Tahkuranna_vallavalitsus, lk 39
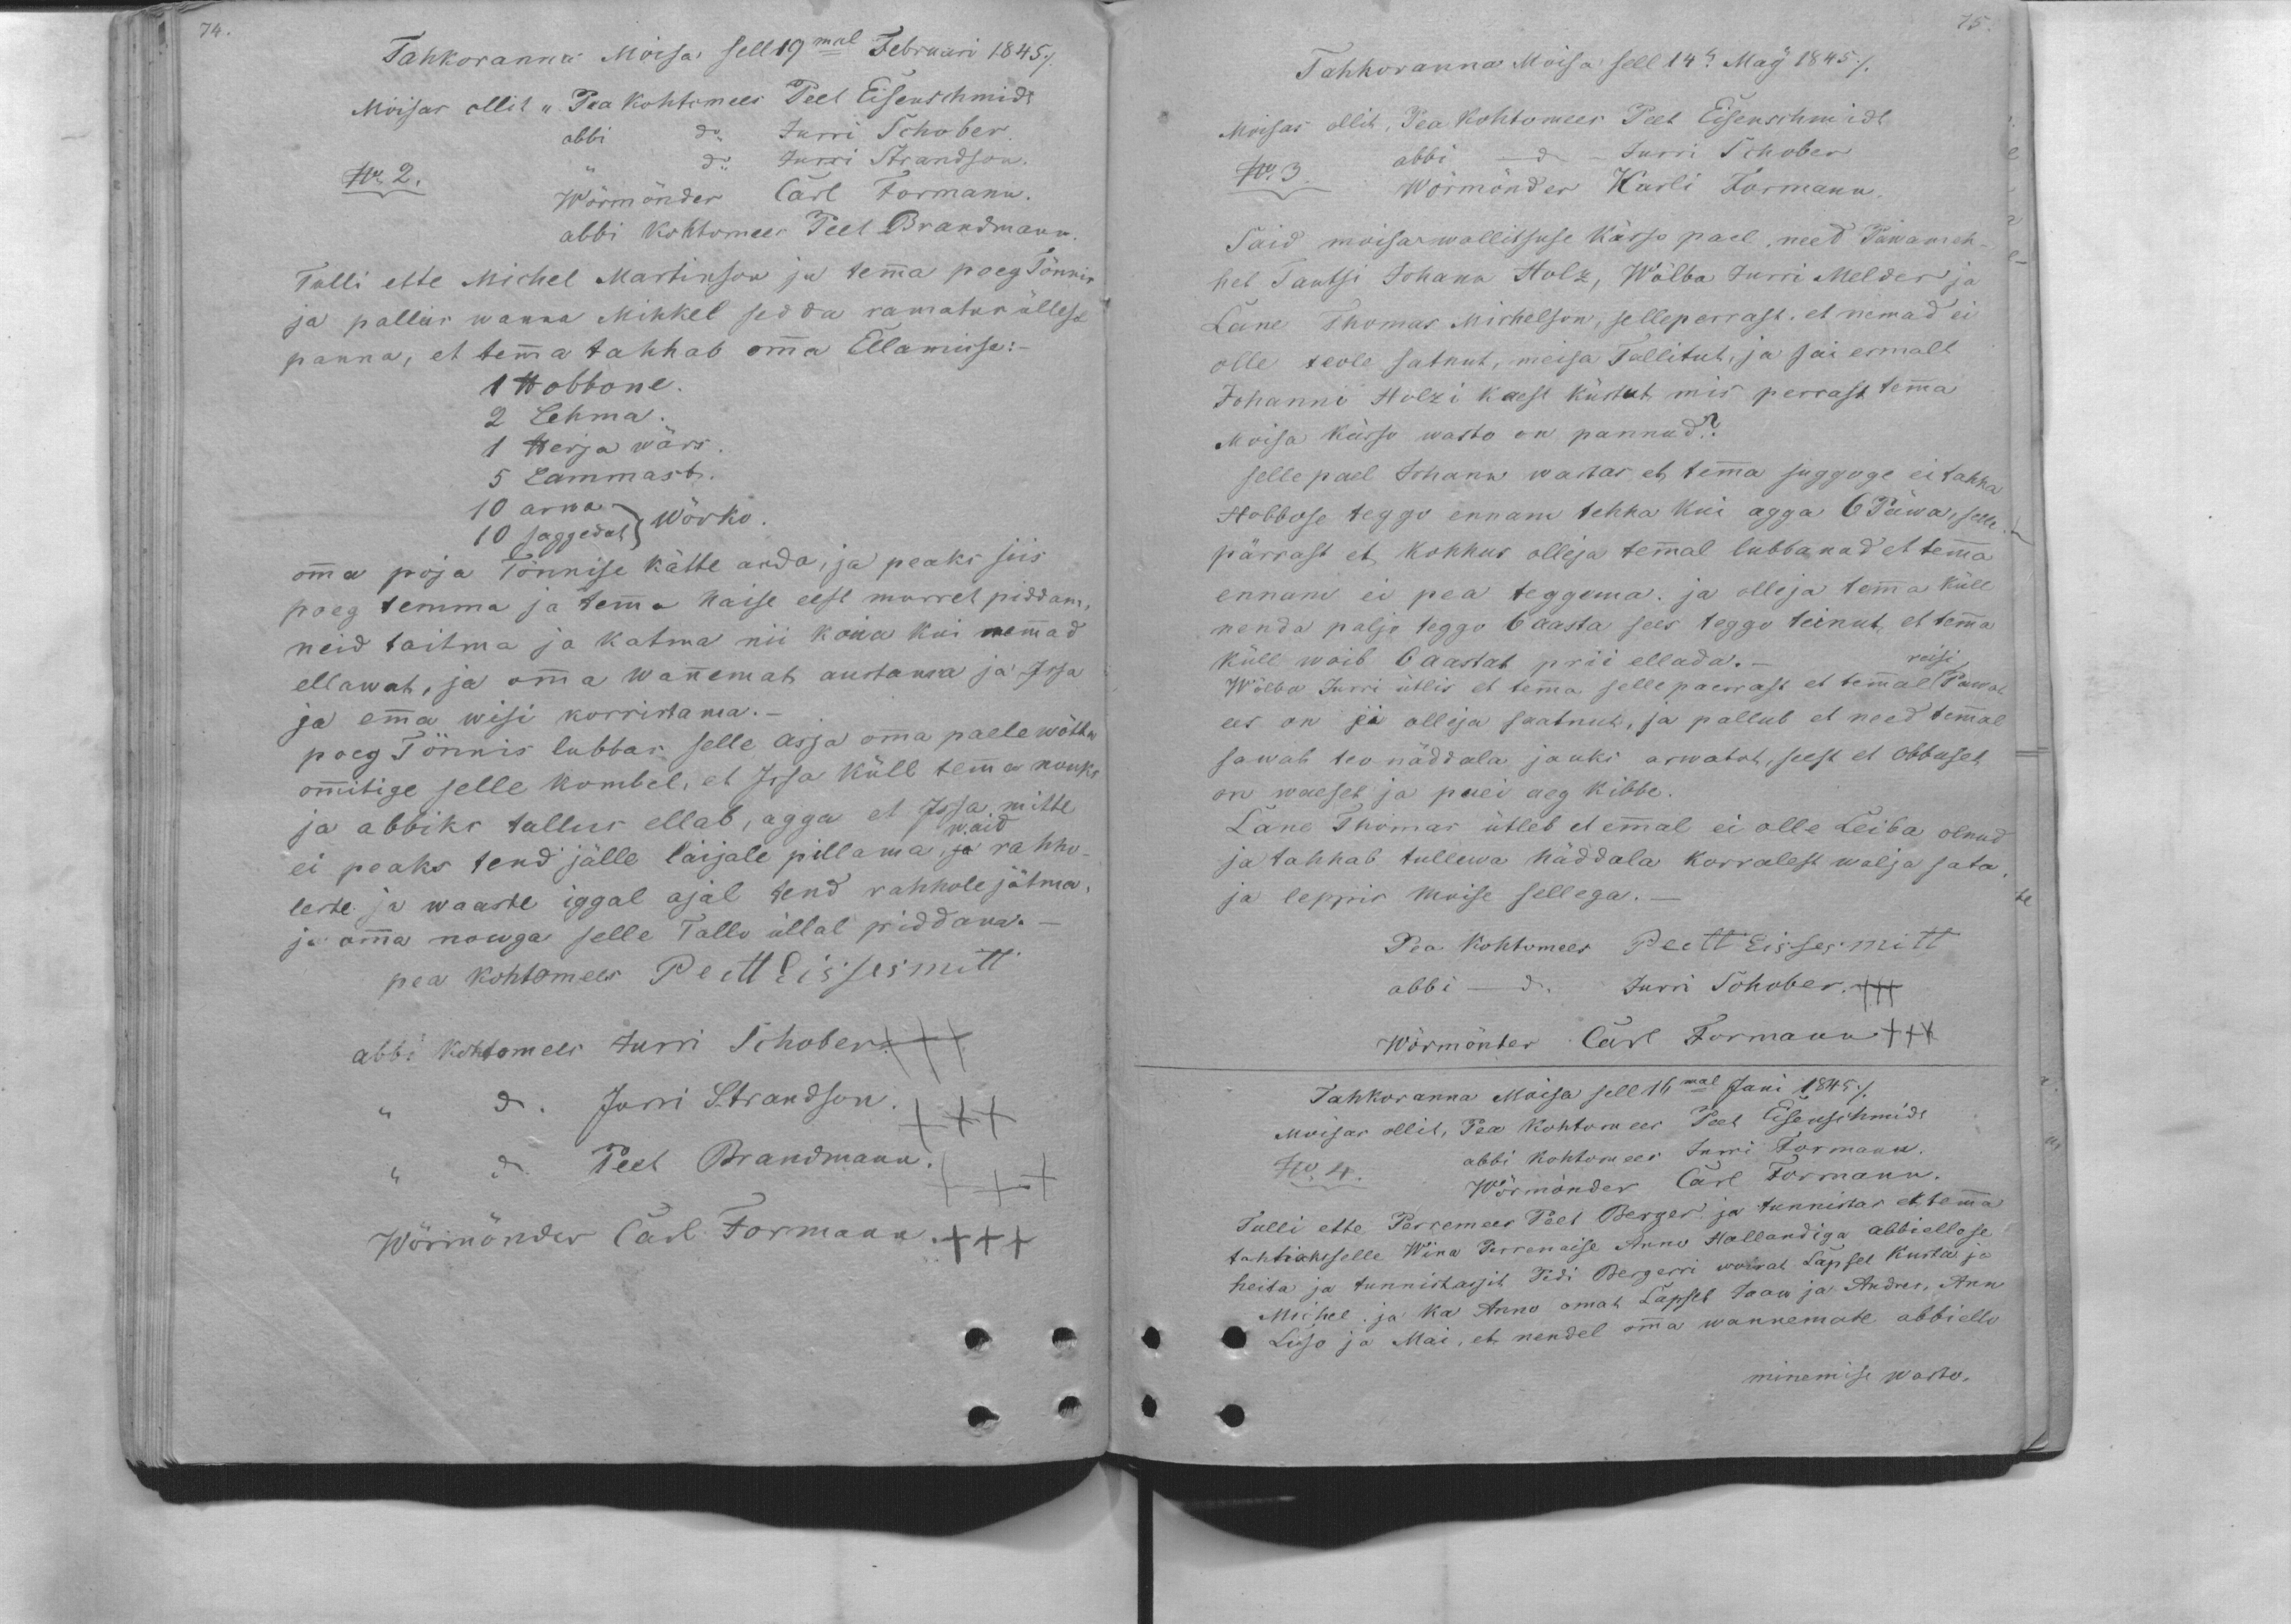
74.

Tahkoranna Moisas sell 19mal Februari 1845/
Mõisas ollit "Pea kohtomees: Peet Eisenschmidt
abbi do Jurri Schober.
No 2. " do Jurri Strandson.
Wörmönder Carl Formann.
abbi kohtomees Peet Brandmann
Tulli ette Michel Martinson ja temma poeg Tõnnis
ja pallus wanna Mihkel sedda ramatus üllese
panna, et temma tahhab omma Ellamisse:
1 Hobbone
2 Lehma.
1 Herja wärs
5 Lammast.
10 arwa Wõrko
10 saggedat
omma poja Tõnnise kätte anda, ja peaks siis
poeg temma ja temma naise eest murret piddama
neid toitma ja katma nii kaua kui nemmad
ellawat, ja omma wannemat austama ja Issa
ja emma wisi korristama.-
poeg Tönnis lubbas selle asja omma paele wõtta
ommitige selle kombel, et Issa küll temma nouks
ja abbiks tallus ellab, agga et Issa mitte
waid
ei peaks tend jälle laijale pillama, ja rahho-
leste ja waaste iggal ajal tend rahhole jätma
ja omma nouga selle Tallo üllal piddava.-
pea kohtomees Peett Eissesmitt
abbi kohtomees Jurri Schober.+++
do. Jurri Strandson.
Peet Brandmann.
Wörmönder Carl Formann.+++

75
Tahkoranna Moisa sell 14.es May 1845 /
Moisas ollit, Pea kohtomees Peet Eisenschmidt
No. 3 abbi do Jurri Schober
Wörmönder Karli Formann
Said moisawallitsuse kässo pael, need Päwameh-
het Tautsi Johann Holz, Wõlba Jurri Melder ja
Lane Thomas Michelson, selleperrast, et nemad ei
olle teole satnut, meisa Tallitut, ja sai esmalt
Johanni Holzi kaest küstut, mis perrast temma
Moisa kässo wasto on pannud.?
selle pael Johann wastas et temma sugguge ei tahha
Hobbose teggo ennam tehha kui agga 6 Päwa, selle
pärrast et kohhus olleja temmal lubbanud et temma
ennam ei pea teggema. ja olleja temma küll
nenda paljo teggo 6 aasta sees teggo teinud, et temma
küll woib 6 aastat prii ellada.-
reisi
Wõlba Jurri ütlis et temma selle paerrast et temmal Pawal
ees on ja olleja saatnut, ja pallub et need temmal
sawat teo näddala jauks arwatut, seest et Obbuset
on waeset jo puei aeg kibbe.
Lane Thomas ütleb et emmal ei olle Leiba olnud
ja tahhab tullewa näddala korralest walja sata
ja leppis moise sellega.
Pea kohtomees Peett Eissesmitt
abbi do Jurri Schober. +++
Wörmönter Carl Forman +++
Tahkoranna Moisa sell 16mal Juni 1845 /
Moisas ollid, Pea kohtomees Peet Eisenscmidt
abbi kohtomees Jurri Formann.
No. 4.
Wörmönder Carl Formann
Tulli ette Perremees Peet Berger ja tunnistas et temma
tahhaks selle Wina Perrenaise Anno Hollandiga abbiellose
heita ja tunnistassit Pedi Bergerri woirat Lapset Kusta ja
Michel ja ka Annu omat Lapset Jaan ja Andres, Ann
Liiso ja Mai, et nendel omma wannemate abbiello
minemise wasto,